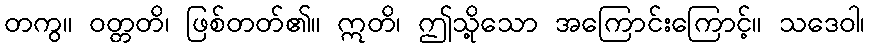
တကွ။ ဝတ္တတိ၊ ဖြစ်တတ်၏။ ဣတိ၊ ဤသို့သော အကြောင်းကြောင့်။ သဒေဝါ၊